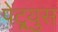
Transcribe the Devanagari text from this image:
पेट्र्युस